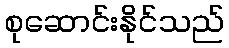
စုဆောင်းနိုင်သည်